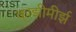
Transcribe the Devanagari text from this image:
काझीमीर्झ